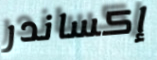
إكساندر